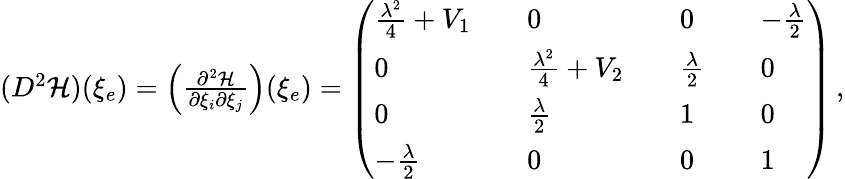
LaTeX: \begin{array}{r}{(D^{2}{\mathcal{H}})(\xi_{e})=\left(\frac{\partial^{2}{\mathcal{H}}}{\partial\xi_{i}\partial\xi_{j}}\right)(\xi_{e})=\left(\begin{array}{lllllll}{\frac{\lambda^{2}}{4}+V_{1}}&&{0}&&{0}&&{-\frac{\lambda}{2}}\\ {0}&&{\frac{\lambda^{2}}{4}+V_{2}}&&{\frac{\lambda}{2}}&&{0}\\ {0}&&{\frac{\lambda}{2}}&&{1}&&{0}\\ {-\frac{\lambda}{2}}&&{0}&&{0}&&{1}\end{array}\right)\, ,}\end{array}